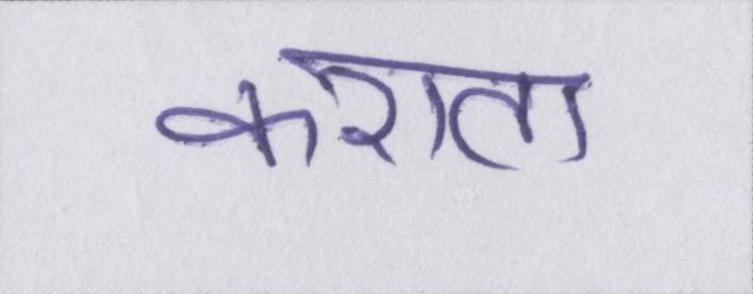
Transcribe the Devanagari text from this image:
कराता